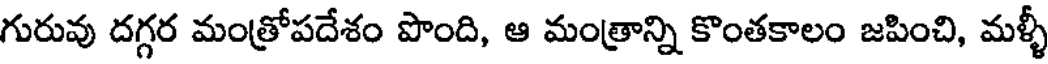
గురువు దగ్గర మంత్రోపదేశం పొంది, ఆ మంత్రాన్ని కొంతకాలం జపించి, మళ్ళీ